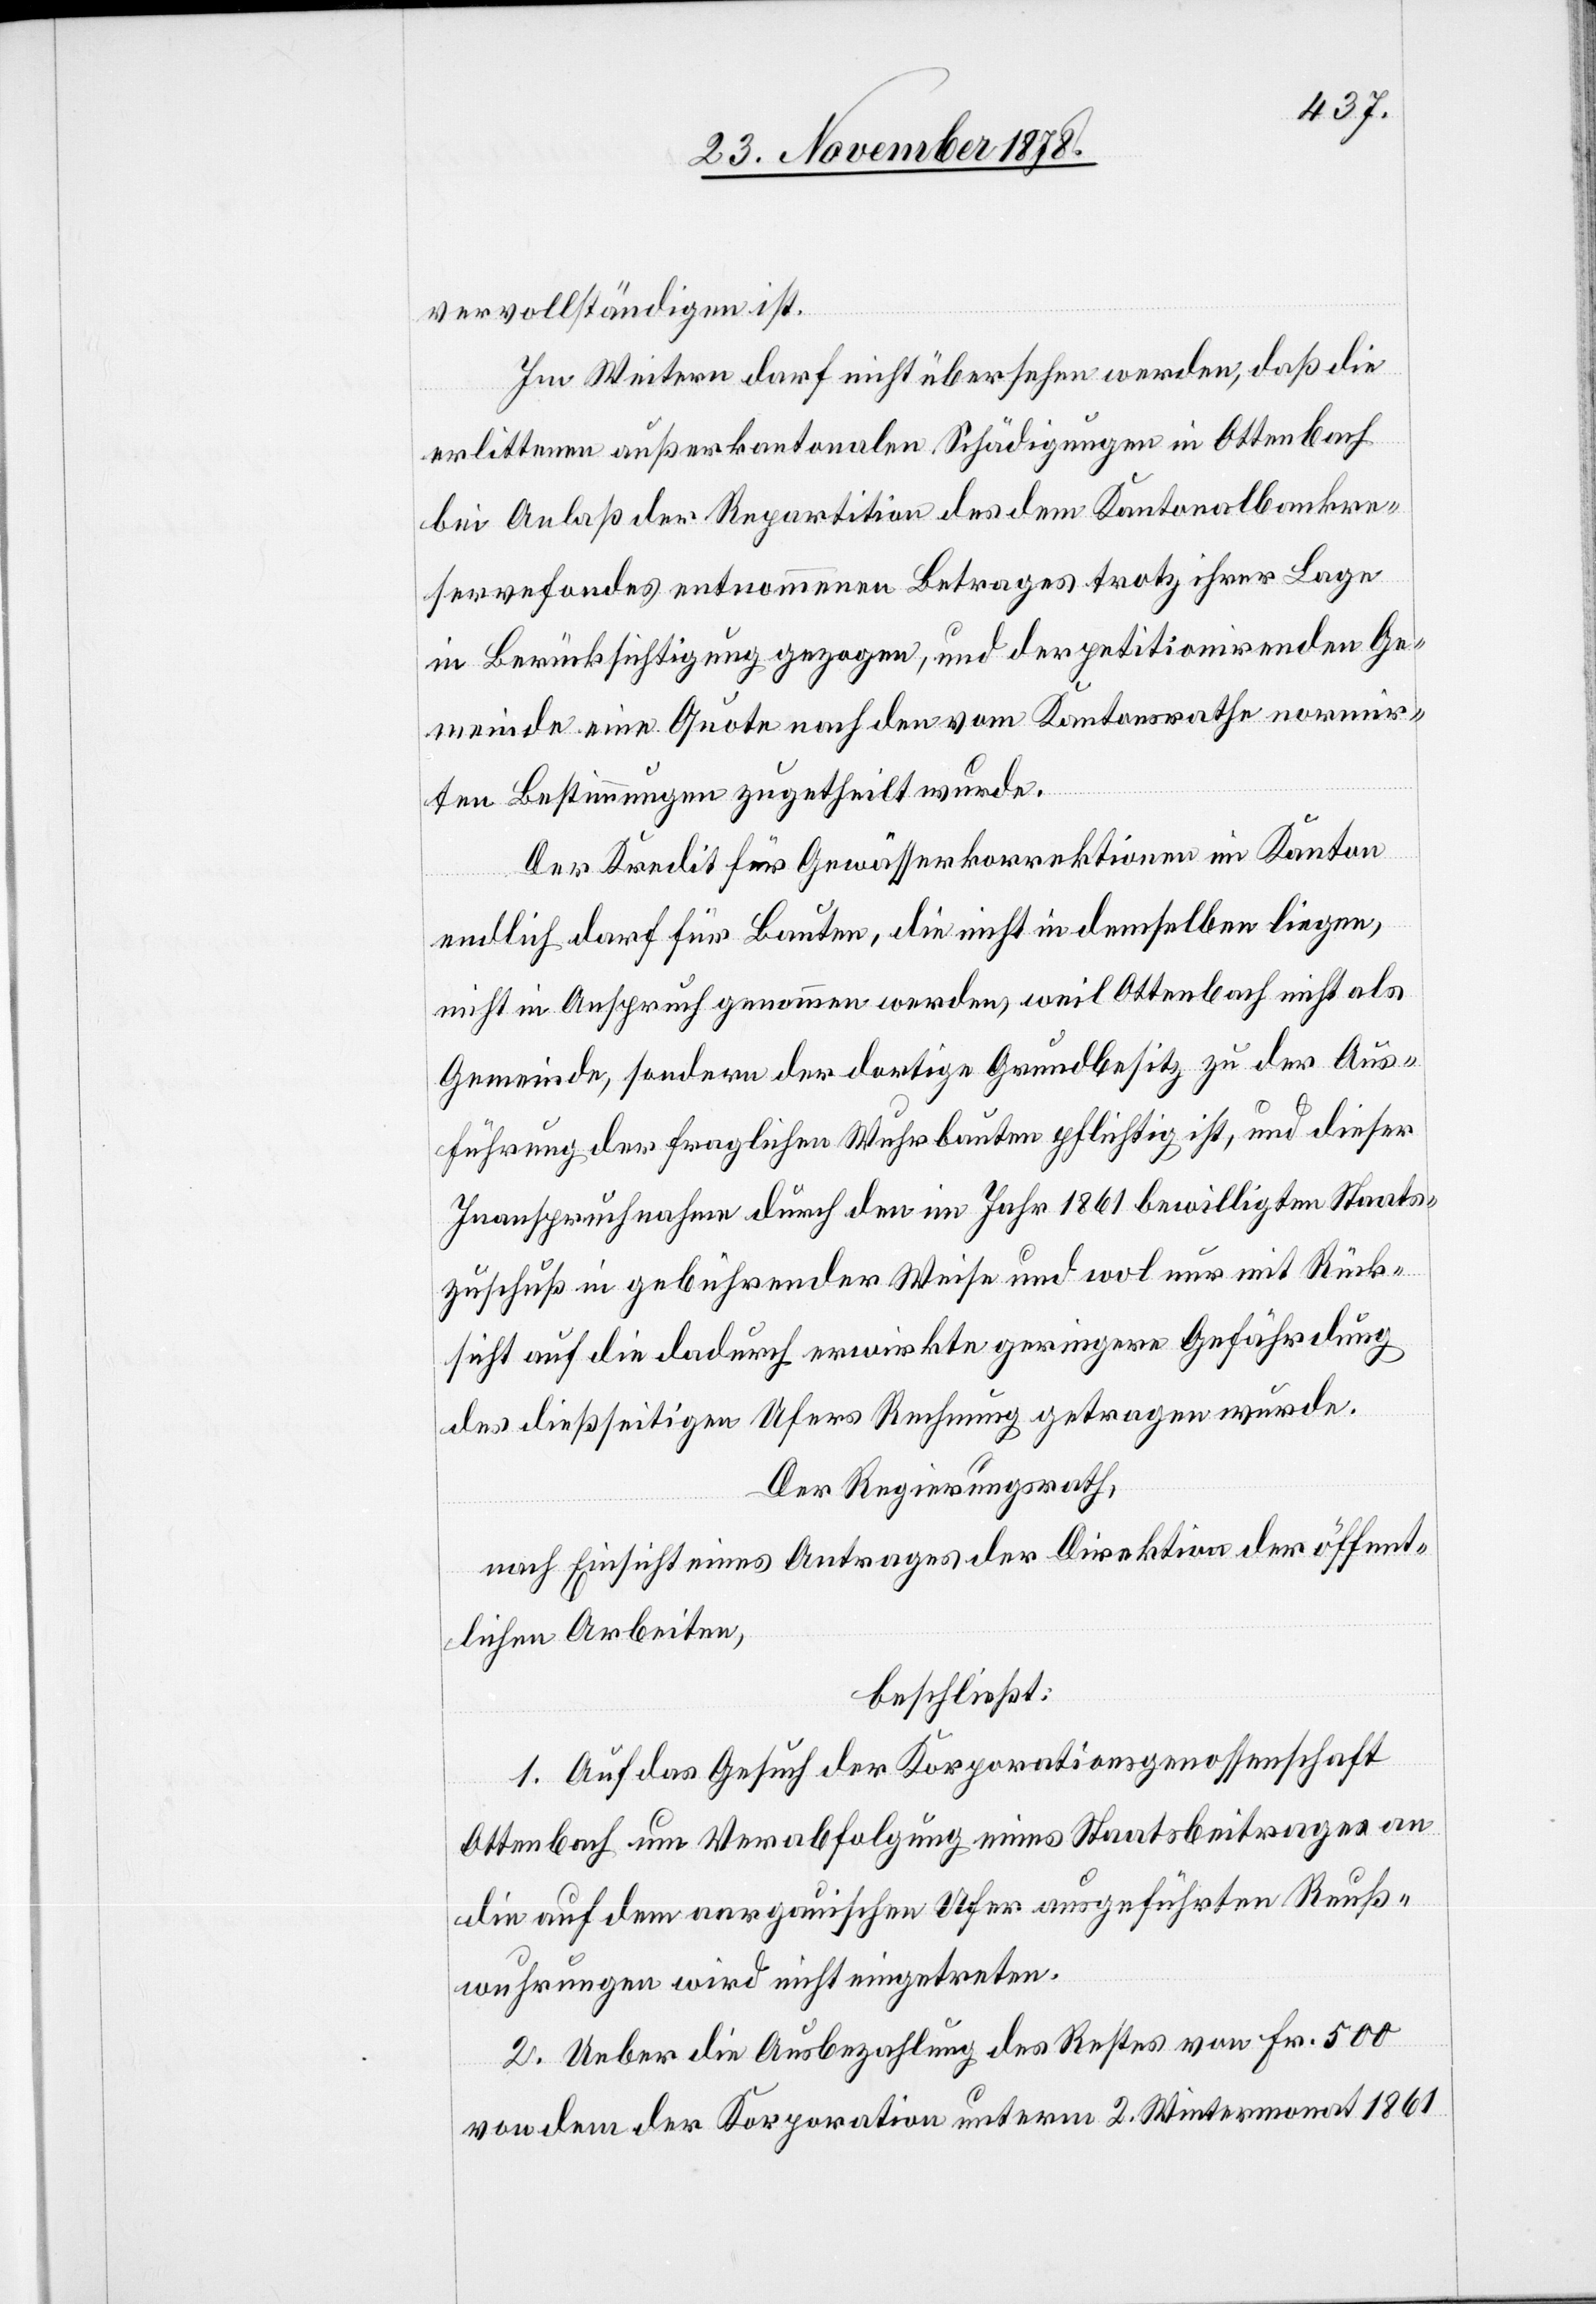
vervollständigen ist.
Im Weitern darf nicht übersehen werden, daß die
erlittenen außerkantonalen Schädigungen in Ottenbach
bei Anlaß der Repartition des dem Kantonalbankre¬
servefondes entnommenen Betrages trotz ihrer Lage
in Berücksichtigung gezogen, und der petitionirenden Ge¬
meinde eine Quote nach den vom Kantonsrathe normir¬
ten Bestimmungen zugetheilt wurde.
Der Kredit für Gewässerkorrektionen im Kanton
endlich darf für Bauten, die nicht in demselben liegen,
nicht in Anspruch genommen werden, weil Ottenbach nicht als
Gemeinde, sondern der dortige Grundbesitz zu der Aus¬
führung der fraglichen Wuhrbauten pflichtig ist, und dieser
Inanspruchnahme durch den im Jahr 1861 bewilligten Staats¬
zuschuß in gebührender Weise und wol nur mit Rück¬
sicht auf die dadurch erwirkte geringere Gefährdung
des dießseitigen Ufers Rechnung getragen wurde.
Der Regierungsrath,
nach Einsicht eines Antrages der Direktion der öffent¬
lichen Arbeiten,
beschließt:
1. Auf das Gesuch der Korporationsgenossenschaft
Ottenbach um Verabfolgung eines Staatsbeitrages an
die auf dem aargauischen Ufer ausgeführten Reuß¬
wuhrungen wird nicht eingetreten.
2. Ueber die Ausbezahlung des Restes von Fr. 500
von dem der Korporation unterm 2. Wintermonat 1861